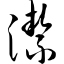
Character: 洁